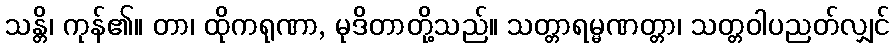
သန္တိ၊ ကုန်၏။ တာ၊ ထိုကရုဏာ, မုဒိတာတို့သည်။ သတ္တာရမ္မဏတ္တာ၊ သတ္တဝါပညတ်လျှင်